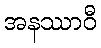
အနဿာဝီ